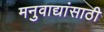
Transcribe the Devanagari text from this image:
मनुवाद्यांसाठी